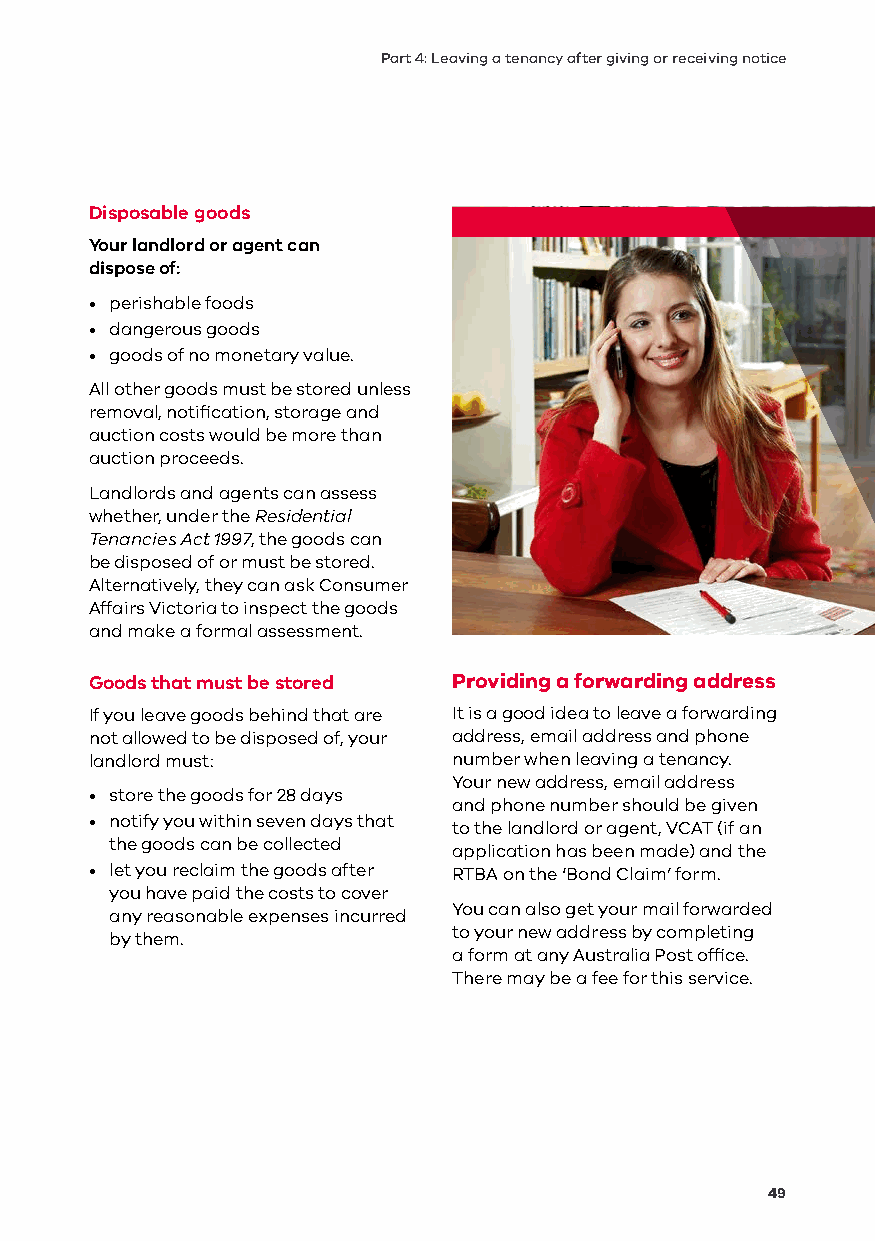
Part 4: Leaving a tenancy after giving or receiving notice
 Disposable goods
 Your landlord or agent can
 dispose of:
 • perishable foods
 • dangerous goods
 • goods of no monetary value.
 All other goods must be stored unless
 removal, notification, storage and
 auction costs would be more than
 auction proceeds.
 Landlords and agents can assess
 whether, under the Residential
 Tenancies Act 1997, the goods can
 be disposed of or must be stored.
 Alternatively, they can ask Consumer
 Affairs Victoria to inspect the goods
 and make a formal assessment.
 Goods that must be stored Providing a forwarding address
 If you leave goods behind that are It is a good idea to leave a forwarding
 not allowed to be disposed of, your address, email address and phone
 landlord must:          number when leaving a tenancy.
 Your new address, email address
 • store the goods for 28 days
 and phone number should be given
 • notify you within seven days that
 to the landlord or agent, VCAT (if an
 the goods can be collected
 application has been made) and the
 • let you reclaim the goods after RTBA on the ‘Bond Claim’ form.
 you have paid the costs to cover
 You can also get your mail forwarded
 any reasonable expenses incurred
 to your new address by completing
 by them.
 a form at any Australia Post office.
 There may be a fee for this service.
 49